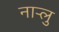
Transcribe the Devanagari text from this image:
नार्‍लु